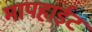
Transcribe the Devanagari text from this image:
मापहाईट